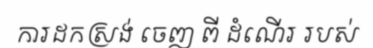
ការដកស្រង់ ចេញ ពី ដំណើរ របស់